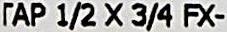
TAP 1/2 X 3/4 FX-